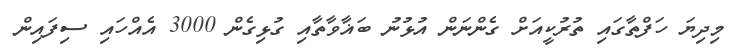
މިދިޔަ ހަފްތާގައި ތުރުކީއަށް ގެންނަން އުޅުނު ބަޣާވާތާއި ގުޅިގެން 3000 އެއްހައި ސިފައިން